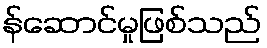
န်ဆောင်မှုဖြစ်သည်